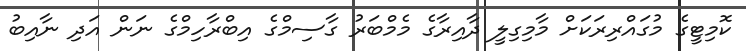
ކޮމިޓީގެ މުގައްރިރަކަށް މާމިގިލީ ދާއިރާގެ މެމްބަރު ގާސިމްގެ އިބްރާހިމްގެ ނަން އަދި ނާއިބު